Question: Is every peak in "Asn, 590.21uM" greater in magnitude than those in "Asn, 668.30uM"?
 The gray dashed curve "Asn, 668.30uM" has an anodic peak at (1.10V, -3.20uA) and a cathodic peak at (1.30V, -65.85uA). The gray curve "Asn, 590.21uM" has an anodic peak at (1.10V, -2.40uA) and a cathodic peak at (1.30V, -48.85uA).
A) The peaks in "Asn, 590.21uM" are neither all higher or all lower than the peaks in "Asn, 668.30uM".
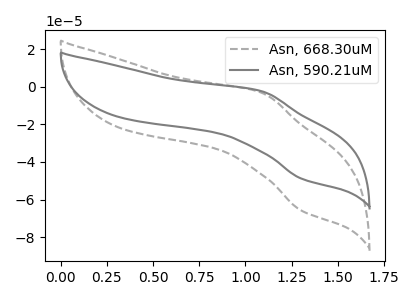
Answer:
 <answer>A) The peaks in "Asn, 590.21uM" are neither all higher or all lower than the peaks in "Asn, 668.30uM".</answer>
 <eval>A</eval>